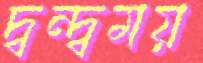
দ্বন্দ্বময়